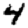
Digit: 4